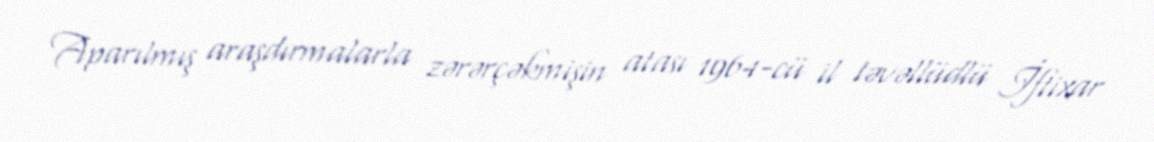
Aparılmış araşdırmalarla zərərçəkmişin atası 1964-cü il təvəllüdlü İftixar